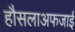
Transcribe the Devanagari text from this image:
हौसलाअफजाई